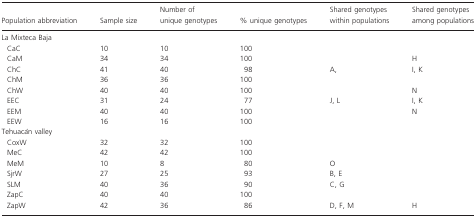
<table><thead><tr><td><b>Population abbreviation</b></td><td><b>Sample size</b></td><td><b>Number of unique genotypes</b></td><td><b>% unique genotypes</b></td><td><b>Shared genotypes within populations</b></td><td><b>Shared genotypes among populations</b></td></tr></thead><tbody><tr><td colspan="6">La Mixteca Baja</td></tr><tr><td> CaC</td><td>10</td><td>10</td><td>100</td><td></td><td></td></tr><tr><td> CaM</td><td>34</td><td>34</td><td>100</td><td></td><td>H</td></tr><tr><td> ChC</td><td>41</td><td>40</td><td>98</td><td>A,</td><td>I, K</td></tr><tr><td> ChM</td><td>36</td><td>36</td><td>100</td><td></td><td></td></tr><tr><td> ChW</td><td>40</td><td>40</td><td>100</td><td></td><td>N</td></tr><tr><td> EEC</td><td>31</td><td>24</td><td>77</td><td>J, L</td><td>I, K</td></tr><tr><td> EEM</td><td>40</td><td>40</td><td>100</td><td></td><td>N</td></tr><tr><td> EEW</td><td>16</td><td>16</td><td>100</td><td></td><td></td></tr><tr><td colspan="5">Tehuacán valley</td><td></td></tr><tr><td> CoxW</td><td>32</td><td>32</td><td>100</td><td></td><td></td></tr><tr><td> MeC</td><td>42</td><td>42</td><td>100</td><td></td><td></td></tr><tr><td> MeM</td><td>10</td><td>8</td><td>80</td><td>O</td><td></td></tr><tr><td> SjrW</td><td>27</td><td>25</td><td>93</td><td>B, E</td><td></td></tr><tr><td> SLM</td><td>40</td><td>36</td><td>90</td><td>C, G</td><td></td></tr><tr><td> ZapC</td><td>40</td><td>40</td><td>100</td><td></td><td></td></tr><tr><td> ZapW</td><td>42</td><td>36</td><td>86</td><td>D, F, M</td><td>H</td></tr></tbody></table>